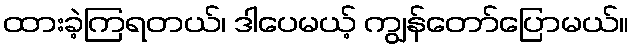
ထားခဲ့ကြရတယ်၊ ဒါပေမယ့် ကျွန်တော်ပြောမယ်။